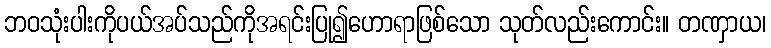
ဘဝသုံးပါးကိုပယ်အပ်သည်ကိုအရင်းပြု၍ဟောရာဖြစ်သော သုတ်လည်းကောင်း။ တဏှာယ၊